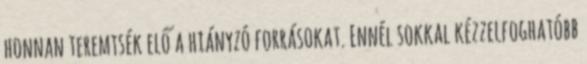
honnan teremtsék elő a hiányzó forrásokat. Ennél sokkal kézzelfoghatóbb